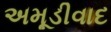
અમૂડીવાદ